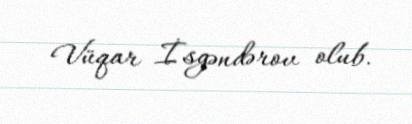
Vüqar İsgəndərov olub.